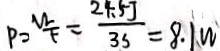
P = \frac { W } { F } = \frac { 2 4 . 5 J } { 3 s } = 8 . 1 W